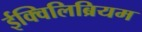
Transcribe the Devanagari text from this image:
ईक्विलिब्रियम